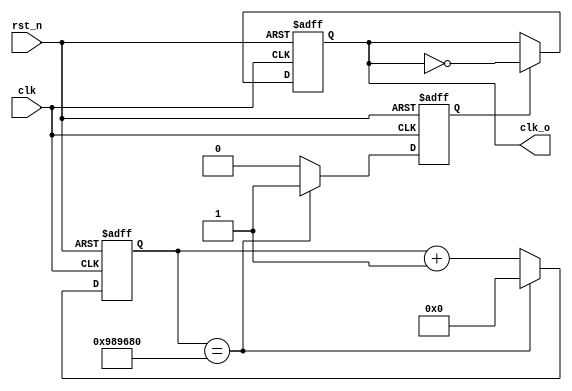
module clock_divider (clk, rst_n, clk_o);

parameter DIV_CONST      = 10000000;

reg tempClk;

input clk;
input rst_n;

output reg clk_o;

reg [31:0] div;

reg en;

always @ (posedge clk or negedge rst_n)
begin
	
	if (!rst_n)
	begin
		div <= 0;
		en <= 0;
	end	
	else
	begin
		if (div == DIV_CONST)
		begin
			div <= 0;
			en <= 1;
		end
		else
		begin
			div <= div + 1;
			en <= 0;
		end
	end
end 
 

always @ (posedge clk or negedge rst_n)
begin
if (!rst_n)
begin
	clk_o <= 1'b0;
end
else if (en)
	clk_o <= ~clk_o;
end


endmodule